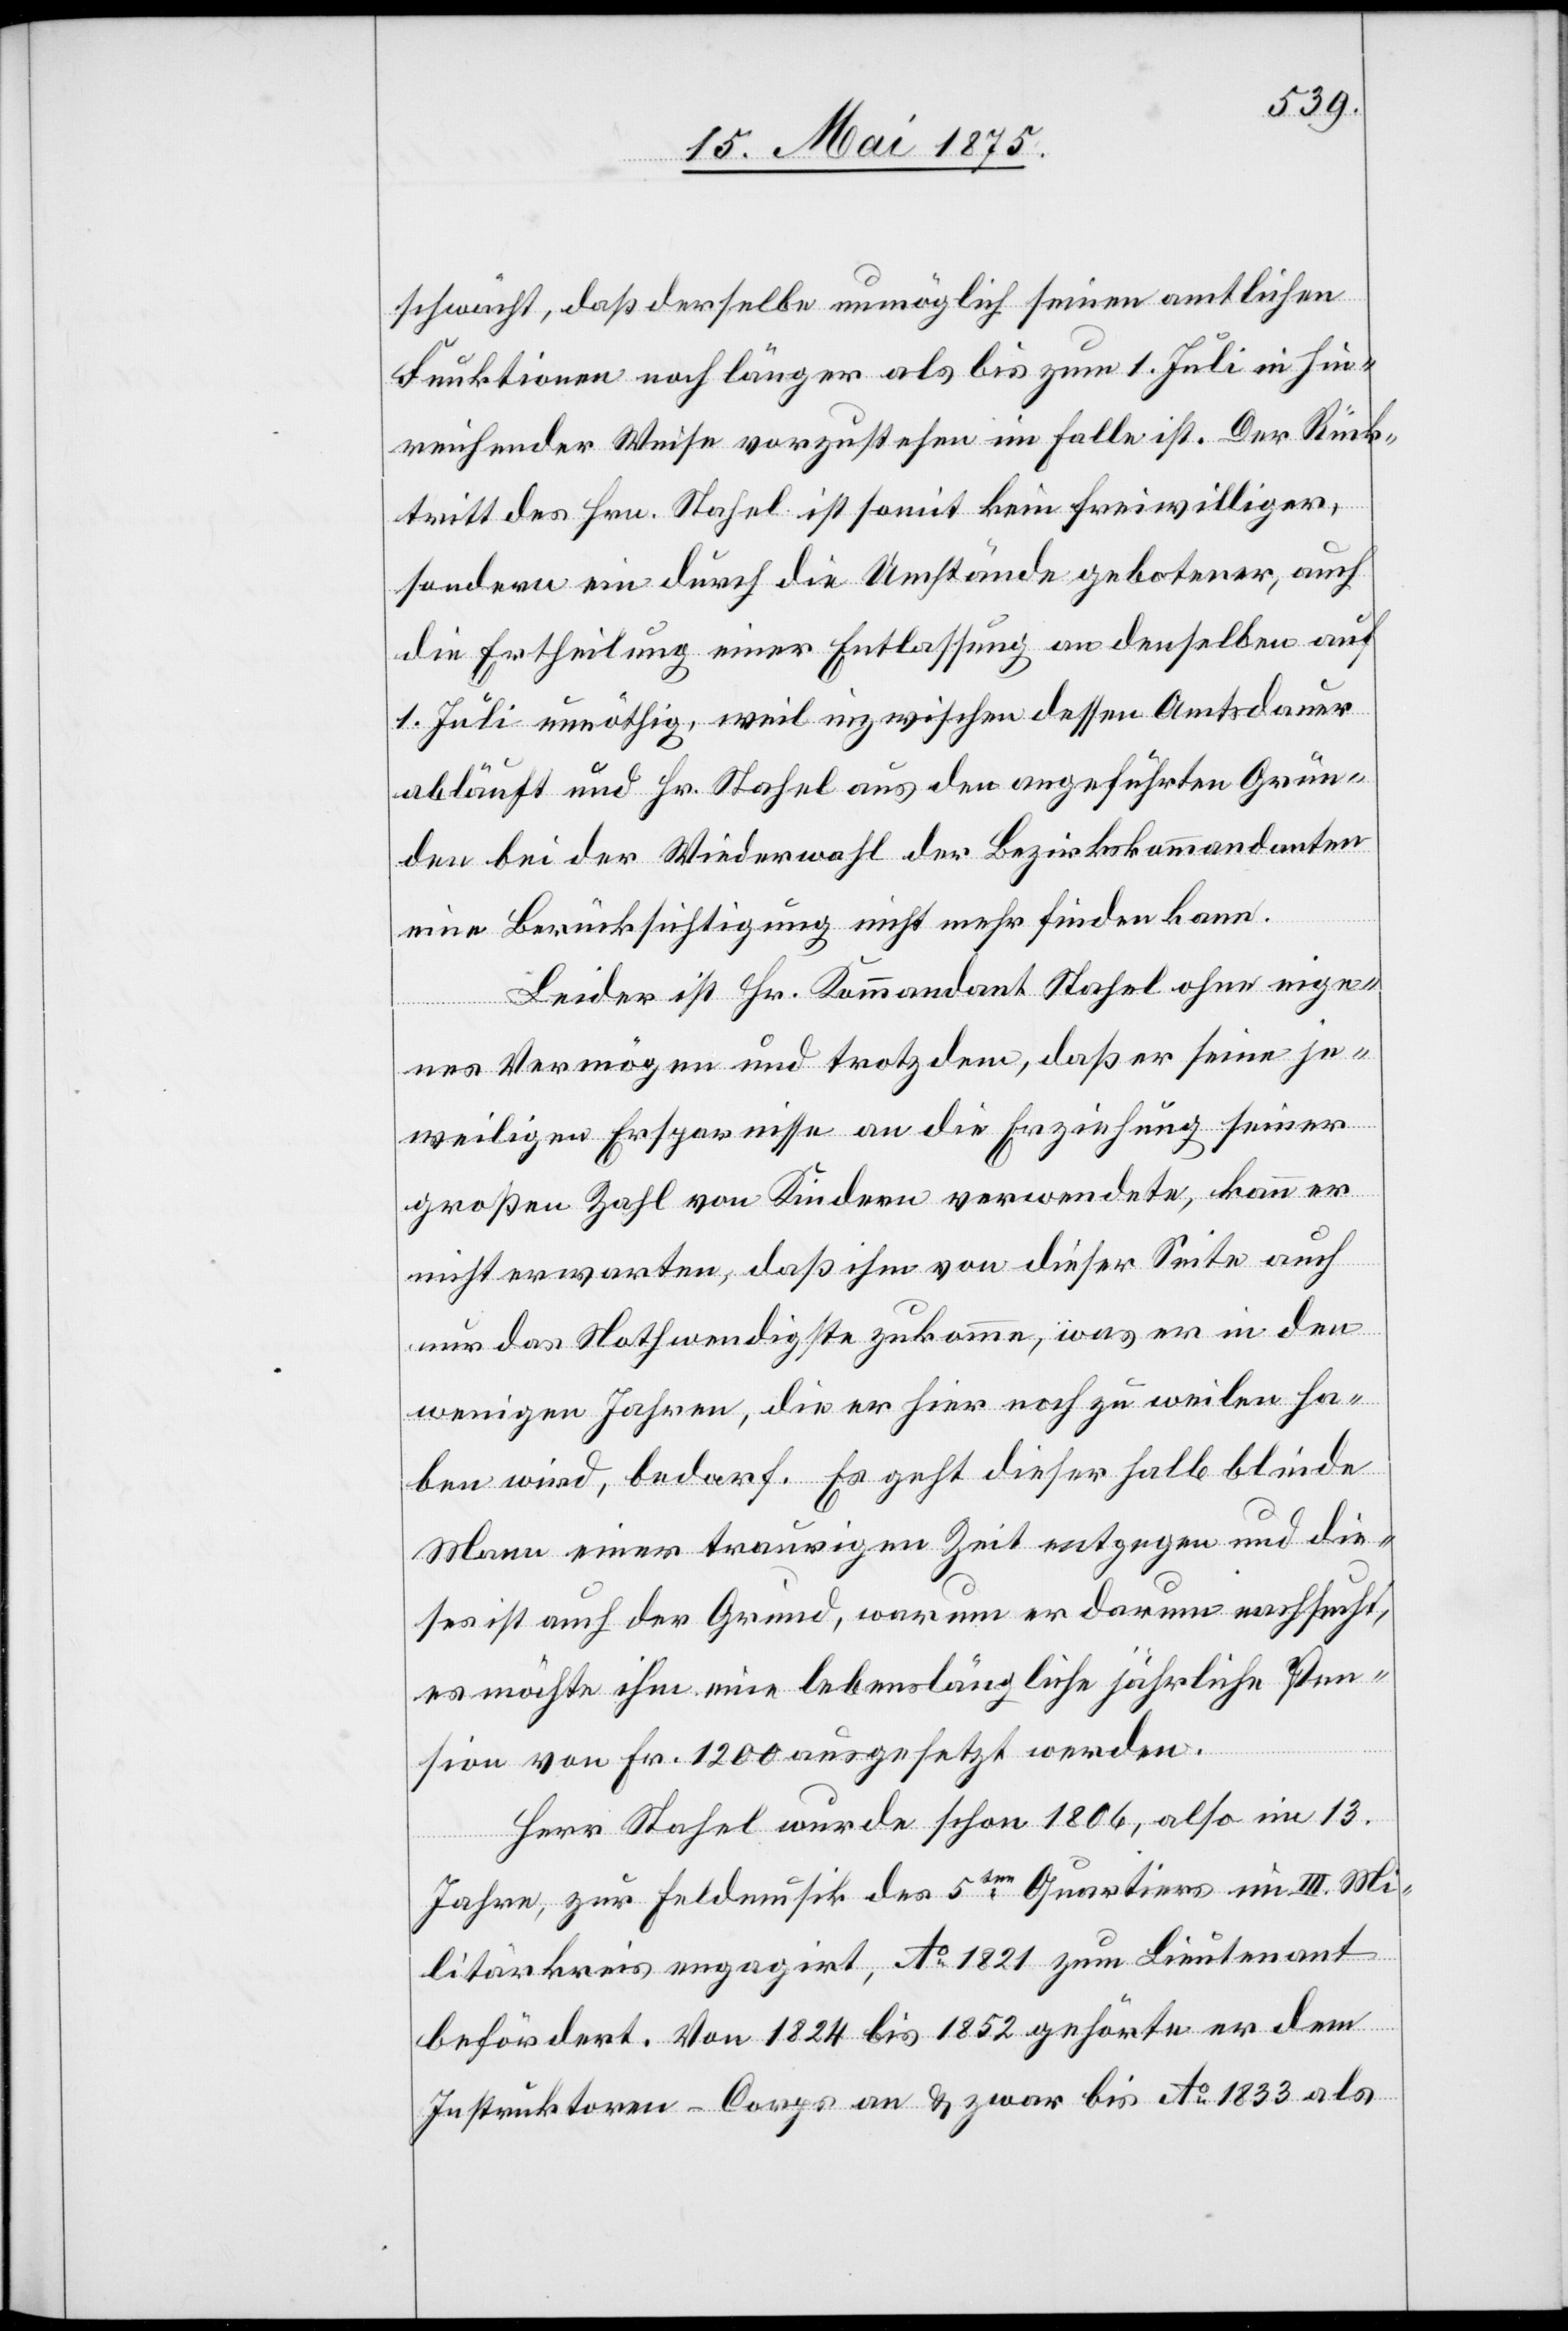
schwächt, daß derselbe unmöglich seinen amtlichen
Funktionen noch länger als bis zum 1. Juli in hin¬
reichender Weise vorzustehen im Falle ist. Der Rück¬
tritt des Hrn. Stahel ist somit kein freiwilliger,
sondern ein durch die Umstände gebotener, auch
die Ertheilung einer Entlassung an denselben auf
1. Juli unnöthig, weil inzwischen dessen Amtsdauer
abläuft und Hr. Stahel aus den angeführten Grün¬
den bei der Wiederwahl der Bezirkskommandanten
eine Berücksichtigung nicht mehr finden kann.
Leider ist Hr. Kommandant Stahel ohne eige¬
nes Vermögen und trotzdem, daß er seine je¬
weiligen Ersparnisse an die Erziehung seiner
großen Zahl von Kindern verwendete, kann er
nicht erwarten, daß ihm von dieser Seite auch
nur das Nothwendigste zukomme, was er in den
wenigen Jahren, die er hier noch zu weilen ha¬
ben wird, bedarf. Es geht dieser halb blinde
Mann einer traurigen Zeit entgegen und die¬
ses ist auch der Grund, warum er darum nachsucht,
es möchte ihm eine lebenslängliche jährliche Pen¬
sion von Fr. 1200 ausgesetzt werden.
Herr Stahel wurde schon 1806, also im 13.
Jahre, zur Feldmusik des 5ten Quartiers im III. Mi¬
litärkreis engagirt, Ao 1821 zum Lieutenant
befördert. Von 1824 bis 1852 gehörte er dem
Instruktoren-Corps an & zwar bis Ao 1833 als